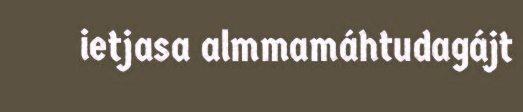
ietjasa almmamáhtudagájt